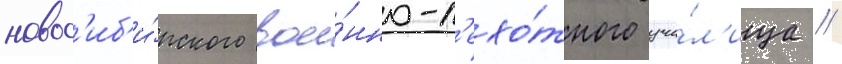
новос'иб'и́рского вое́нно-п'ехо́тного учи́л'ища //